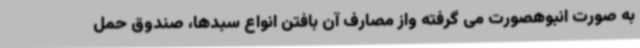
به صورت انبوهصورت می گرفته واز مصارف آن بافتن انواع سبدها، صندوق حمل